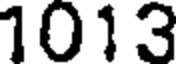
1013